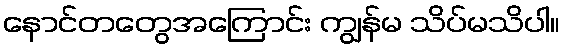
နောင်တတွေအကြောင်း ကျွန်မ သိပ်မသိပါ။